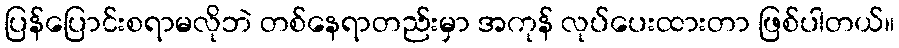
ပြန်ပြောင်းစရာမလိုဘဲ တစ်နေရာတည်းမှာ အကုန် လုပ်ပေးထားတာ ဖြစ်ပါတယ်။